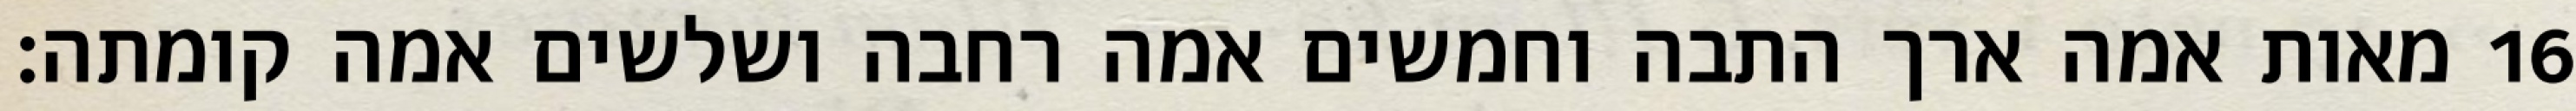
מאות אמה ארך התבה וחמשים אמה רחבה ושלשים אמה קומתה׃ ‎16‏